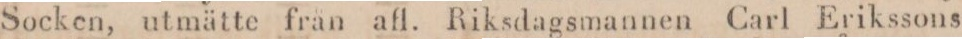
Socken, utmätte från afl. Riksdagsmannen Carl Erikssons